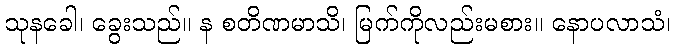
သုနခေါ၊ ခွေးသည်။ န စတိဏမာသိ၊ မြက်ကိုလည်းမစား။ နောပလာသံ၊